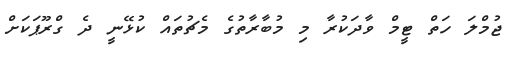
ޖުމްލަ ހަތް ޓީމް ވާދަކުރާ މި މުބާރާތުގެ މެޗުތައް ކުޅޭނީ ދެ ގްރޫޕަކަށް